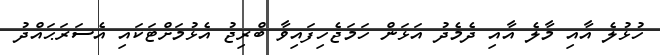
ހުޅުލެ އާއި މާލެ އާއި ދެމެދު އަޅަން ހަމަޖެހިފައިވާ ބްރިޖު އެޅުމަށްޓަކައި އެސަރަޙައްދު